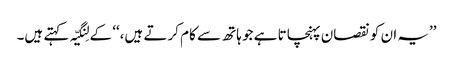
’’یہ ان کو نقصان پہنچاتا ہے جو ہاتھ سے کام کرتے ہیں،‘‘ کے لِنگیّہ کہتے ہیں۔